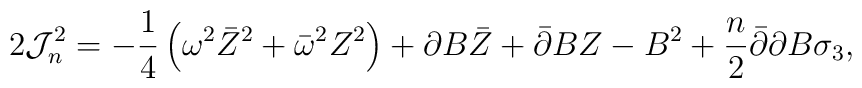
2{\cal J}^2_n= -\frac 14\left(\omega^2\bar Z^2+\bar\omega^2Z^2\right) +\partial B\bar Z+\bar\partial BZ - B^2 +\frac n2\bar\partial\partial B\sigma_3,